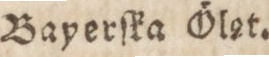
Bayerſka Ölzt.